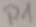
Text: P1